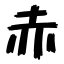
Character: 赤